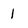
Character: 1